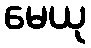
မေယု